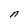
Character: n